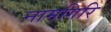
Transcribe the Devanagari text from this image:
नामगिरि